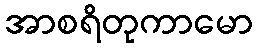
အာစရိတုကာမော